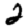
Digit: 2